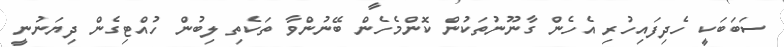
ސަބަބަކީ ހެދިފައިހުރި އެހެން ގާނޫނުތަކުން ކޮންމެހެން ބޭނުންވާ ތަކެތި ލިބުން ހުއްޓިގެން ދިޔަނުނީ